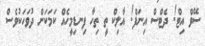
ސޭވް އިޓް! ދެޓްސް އިނަފް! އާލިކް ތީ ތިހާ ފިނޑިމީހެއް ކަމަކަށް ދުވަހަކުވެސް